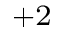
^ { + 2 }